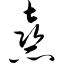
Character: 熹